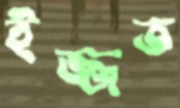
ইজ্জত